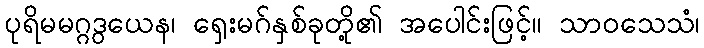
ပုရိမမဂ္ဂဒွယေန၊ ရှေးမဂ်နှစ်ခုတို့၏ အပေါင်းဖြင့်။ သာဝသေသံ၊